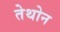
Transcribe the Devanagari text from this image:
तेथोन